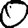
Digit: 0